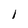
Character: 1